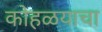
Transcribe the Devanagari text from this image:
कोहळयाचा